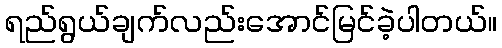
ရည်ရွယ်ချက်လည်းအောင်မြင်ခဲ့ပါတယ်။